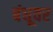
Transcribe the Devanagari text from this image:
बंधूवर